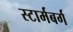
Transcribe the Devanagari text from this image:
स्टार्मबर्ग